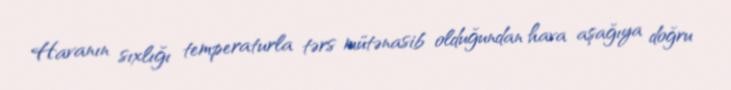
Havanın sıxlığı temperaturla tərs mütənasib olduğundan hava aşağıya doğru